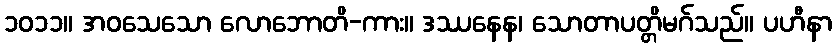
၁၀၁၁။ အဝသေသော လောဘောတိ-ကား။ ဒဿနေန၊ သောတာပတ္တိမဂ်သည်။ ပဟီနာ